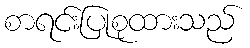
စာရင်းပြုစုထားသည်